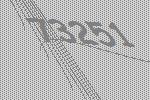
73251